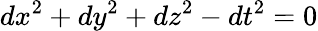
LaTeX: dx^{2}+dy^{2}+dz^{2}-dt^{2}=0